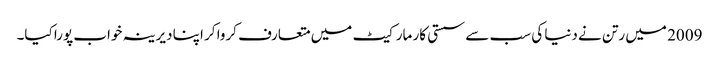
2009 میں رتن نے دنیا کی سب سے سستی کار مارکیٹ میں متعارف کروا کر اپنا دیرینہ خواب پورا کیا۔